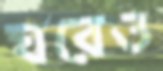
ঘরেও